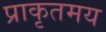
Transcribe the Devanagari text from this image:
प्राकृतमय